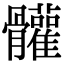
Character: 𩪼